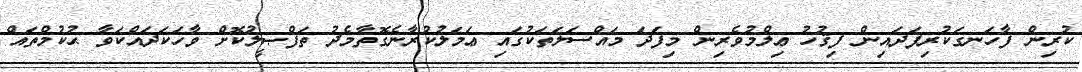
ކުރިން ފާހަނގަކުރިފަދައިން ފިޤުހު ޢިލްމުވެރިން މިފަދަ މައްސަލަތަކުގައި ޢަމަލުކުރާނެގޮތާމެދު ތަފްޞީލުކޮށް ވާހަކަދައްކަވާ ޙުކުމްތައް